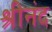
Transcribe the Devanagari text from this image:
श्रीनंद